Scottish Leaving Certificate Examination, 1952
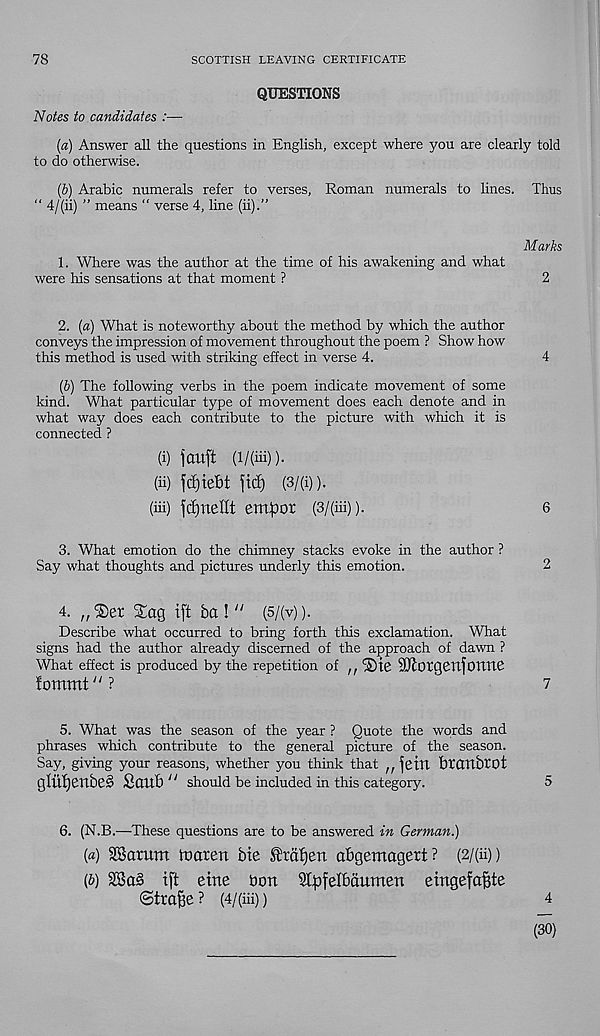
78
SCOTTISH LEAVING CERTIFICATE
QUESTIONS
Notes to candidates :—■
(«) Answer all the questions in English, except where you are clearly told
to do otherwise.
(&) Arabic numerals refer to verses, Roman numerals to lines. Thus
" 4/(ii) ” means “ verse 4, line (ii).”
Marks
1. Where was the author at the time of his awakening and what
were his sensations at that moment ?
2
2. (a) What is noteworthy about the method by which the author
conveys the impression of movement throughout the poem ? Show how
this method is used with striking effect in verse 4.
4
(6) The following verbs in the poem indicate movement of some
kind. What particular type of movement does each denote and in
what way does each contribute to the picture with which it is
connected ?
(i) jauft (l/(iii) )■
(ii) fdjiebt jid} (3/(i)).
(hi) fdjrtellt empor (3/(hi)).
6
3. What emotion do the chimney stacks evoke in the author ?
Say what thoughts and pictures underly this emotion.
2
4. „'3)er Xag ift ba ! ;/ (5/(v)).
Describe what occurred to bring forth this exclamation. What
signs had the author already discerned of the approach of dawn ?
What effect is produced by the repetition of ,, l S)ie ■ ’DiotgettfOTlTte
fommt"?
7
5. What was the season of the year ? Quote the words and
phrases which contribute to the general picture of the season.
Say, giving your reasons, whether you think that n ^ettt brattbtot
glltf)e'nbe§ Sciub" should be included in this category.
5
6. (N.B.—These questions are to be answered in German.)
{a) 2$arum Ibatett Me ^rat)en abgemagert? (2/(ii))
(b) 2Ba§ ift erne bon Stpfelbaumen eingefafjte
©traBe ? (4/(ih))
4